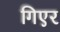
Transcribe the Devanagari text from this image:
गिएर